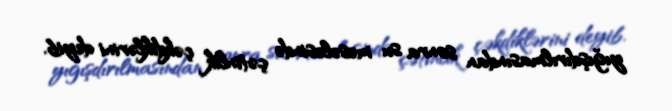
yığışdırılmasından sonra su məsələsində çətinlik çəkdiklərini deyib.